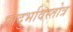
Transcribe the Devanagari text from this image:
प्रादुर्भावस्तोत्र